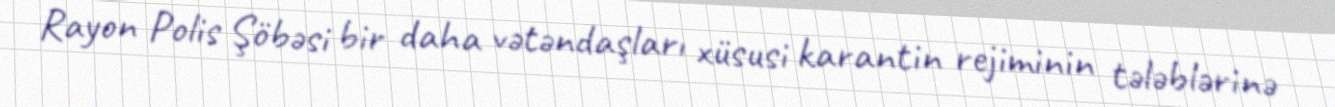
Rayon Polis Şöbəsi bir daha vətəndaşları xüsusi karantin rejiminin tələblərinə